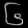
Digit: ၆